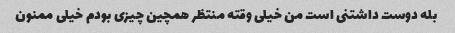
بله دوست داشتنی است من خیلی وقته منتظر همچین چیزی بودم خیلی ممنون